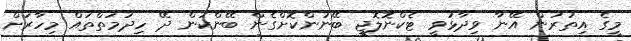
މީގެ އިތުރުން އޭނާ ވިދާޅުވީ ޓެކްނޮލޮޖީ ބޭނުންކޮށްގެން ބޭންކުން ދޭ ހިދުމަތްތައް މިހާރަށް